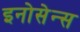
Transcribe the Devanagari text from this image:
इनोसेन्स